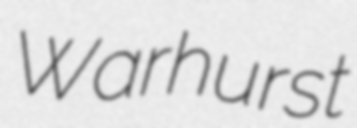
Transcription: Warhurst